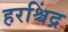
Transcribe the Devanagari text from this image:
हरश्चिंद्र